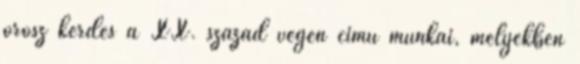
orosz kérdés a XX. század végén című munkái, melyekben